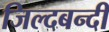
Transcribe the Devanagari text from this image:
जिल्दबन्दी